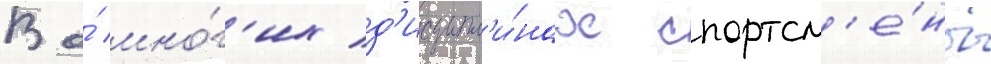
Во́ мно́г'их д'исципл'и́нах спортсм'е́ны